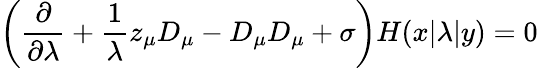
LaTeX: \left({\frac{\partial}{\partial\lambda}}+{\frac{1}{\lambda}}z_{\mu}D_{\mu}-D_{\mu}D_{\mu}+\sigma\right)H(x|\lambda|y)=0